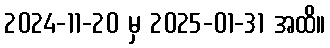
2024-11-20 မှ 2025-01-31 အထိ။